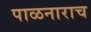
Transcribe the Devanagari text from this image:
पाळनाराच